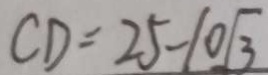
C D = 2 5 - 1 0 \sqrt { 3 }